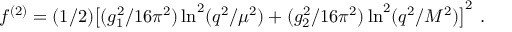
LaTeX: f ^ { ( 2 ) } = ( 1 / 2 ) \big [ ( g _ { 1 } ^ { 2 } / 1 6 \pi ^ { 2 } ) \ln ^ { 2 } ( q ^ { 2 } / \mu ^ { 2 } ) + ( g _ { 2 } ^ { 2 } / 1 6 \pi ^ { 2 } ) \ln ^ { 2 } ( q ^ { 2 } / M ^ { 2 } ) \big ] ^ { 2 } ~ .